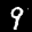
Label: 9